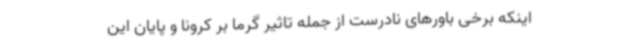
اینکه برخی باورهای نادرست از جمله تاثیر گرما بر کرونا و پایان این